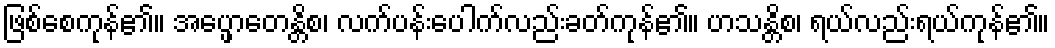
ဖြစ်စေကုန်၏။ အပ္ဖောတေန္တိစ၊ လက်ပန်းပေါက်လည်းခတ်ကုန်၏။ ဟသန္တိစ၊ ရယ်လည်းရယ်ကုန်၏။